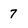
Character: 7